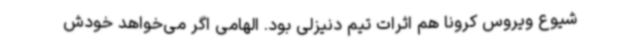
شیوع ویروس کرونا هم اثرات تیم دنیزلی بود. الهامی اگر می‌خواهد خودش